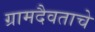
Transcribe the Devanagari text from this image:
ग्रामदैवताचे